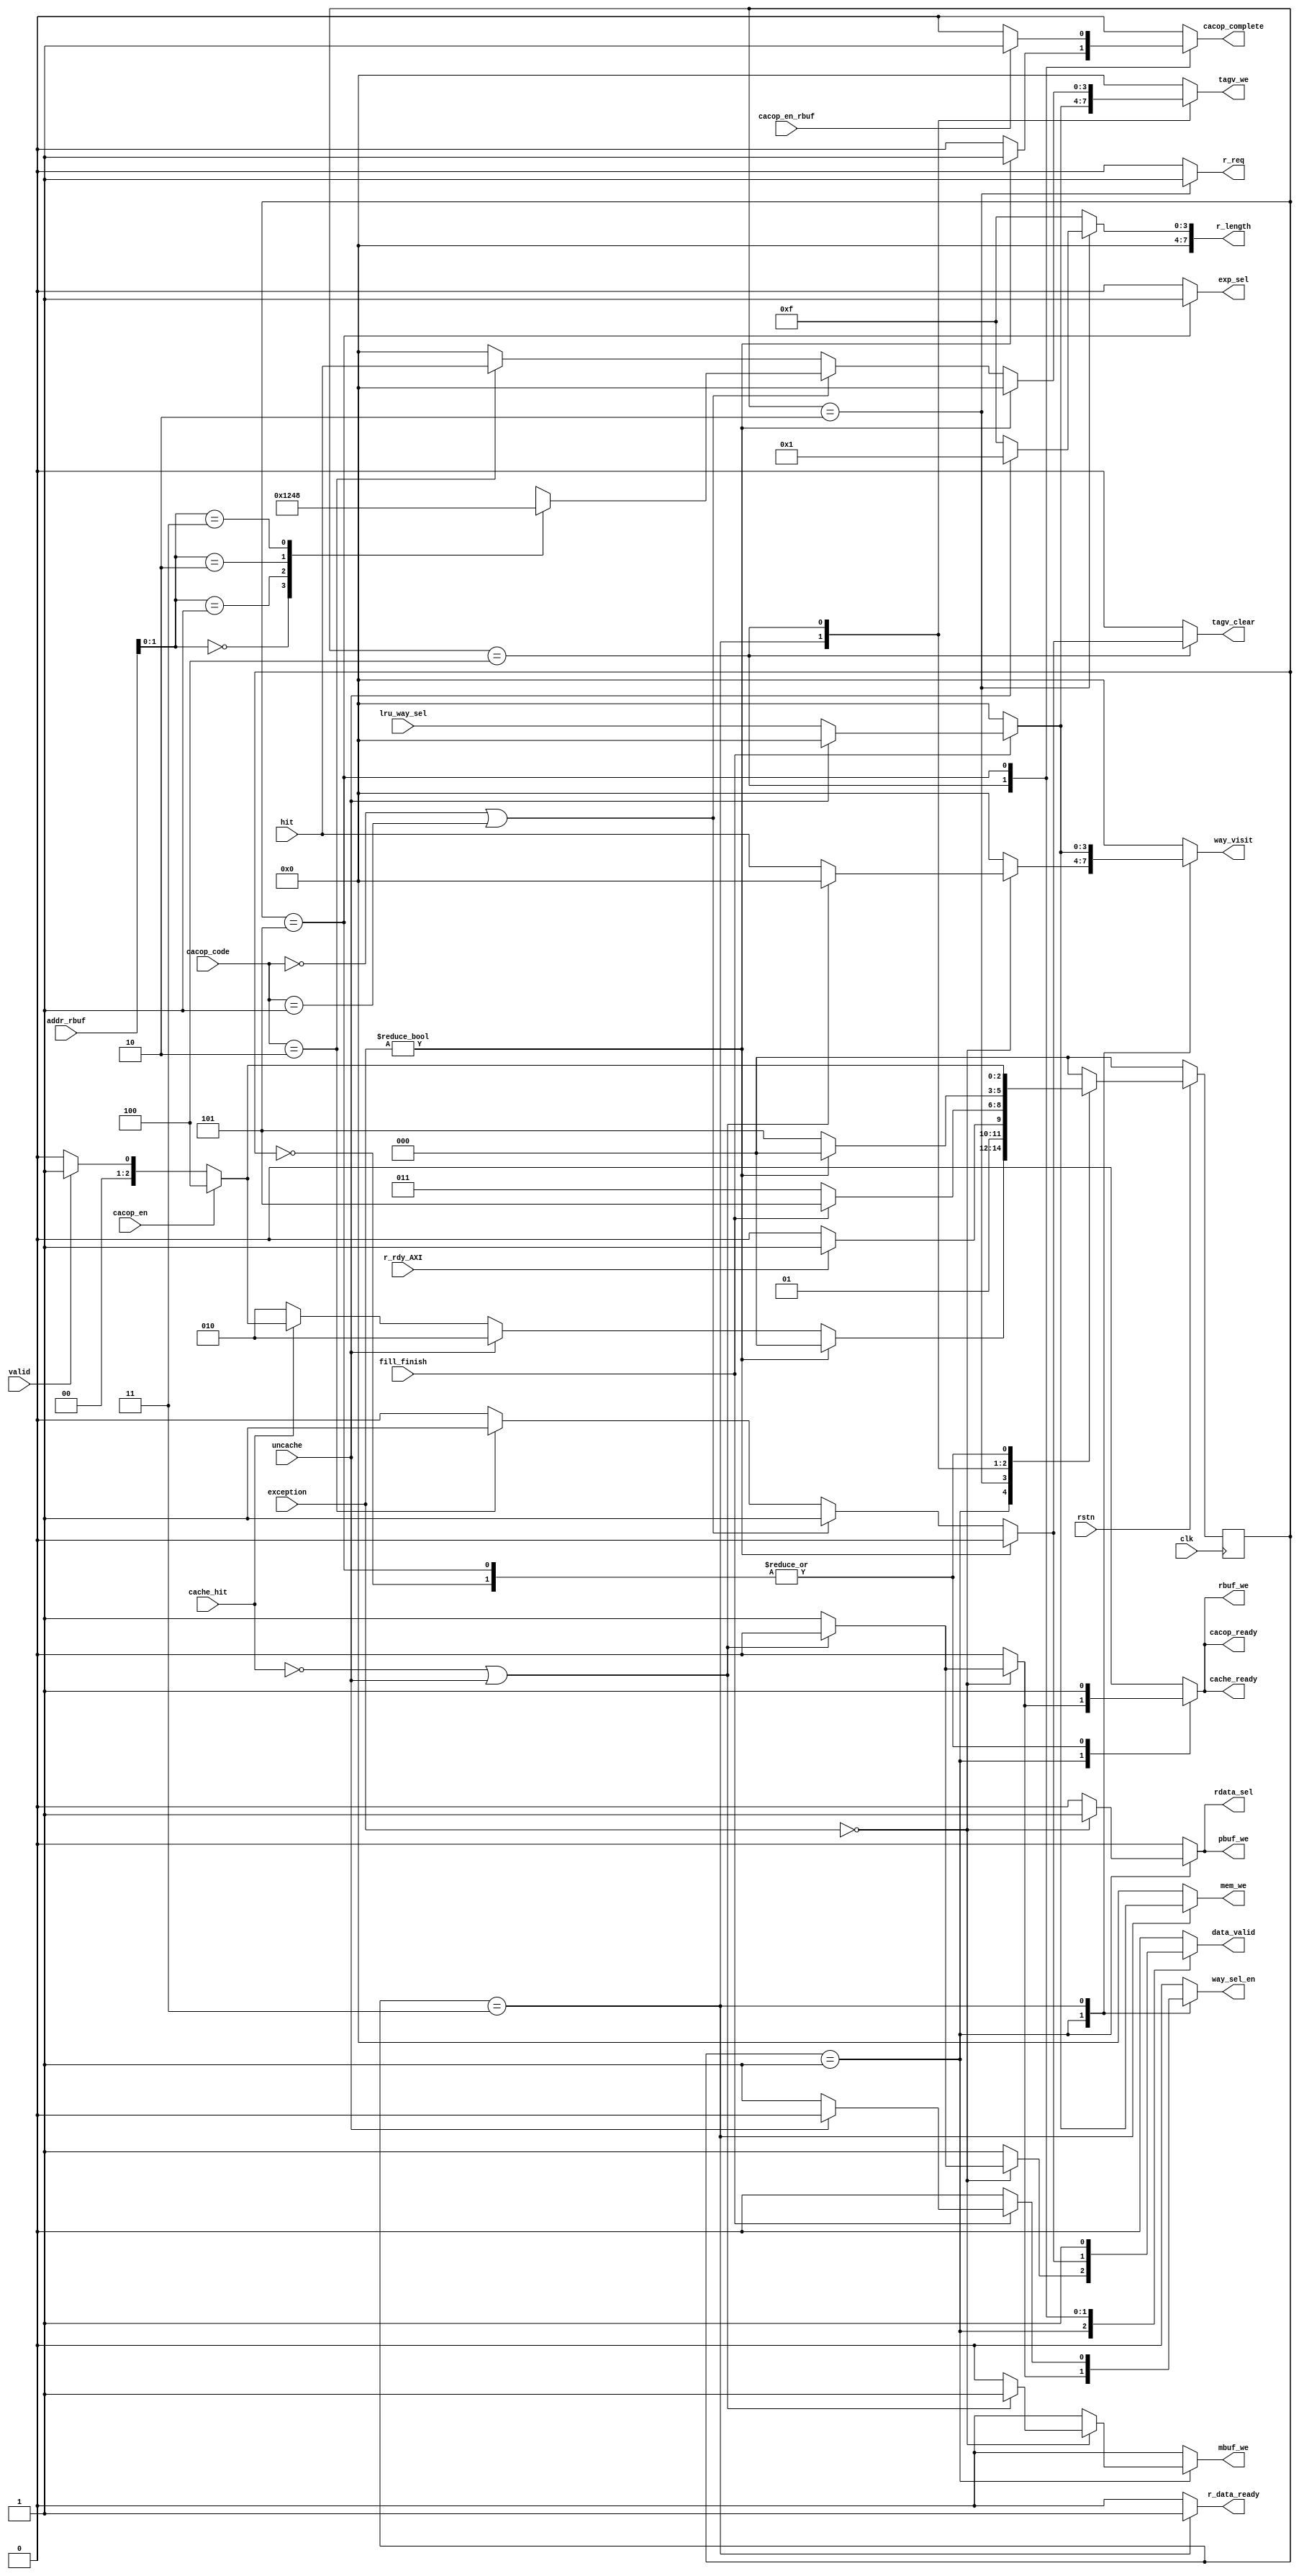
module main_FSM_i(
    input clk, rstn,
    input valid,
    input cache_hit,
    input r_rdy_AXI,
    input fill_finish,
    input uncache,
    input [3:0] lru_way_sel,
    input [3:0] hit,
    input [31:0] addr_rbuf,

    output reg [3:0] way_visit,
    output reg mbuf_we,
    output reg pbuf_we,
    output reg rdata_sel,
    output reg rbuf_we,
    output reg way_sel_en,
    output reg [7:0] r_length,
    output reg [3:0] mem_we,
    output reg [3:0] tagv_we,
    output reg r_req,
    output reg r_data_ready,
    output reg data_valid,
    output reg cache_ready,

    output reg cacop_ready,
    output reg cacop_complete,

    input [1:0] cacop_code,
    input cacop_en,
    input cacop_en_rbuf,

    output reg tagv_clear,
    input [6:0] exception,
    output reg exp_sel
    );
    parameter IDLE          = 3'd0;
    parameter LOOKUP        = 3'd1;
    parameter REPLACE       = 3'd2;
    parameter REFILL        = 3'd3;
    parameter CACOP_COPE    = 3'd4;
    parameter EXTRA_READY   = 3'd5;
    parameter IBAR_COPE     = 3'd6;

    parameter STORE_TAG         = 2'b00;
    parameter INDEX_INVALIDATE  = 2'b01;
    parameter HIT_INVALIDATE    = 2'b10;

    reg [3:0] tagv_we_inst;
    always @(*) begin
        case(addr_rbuf[1:0])
        2'd0: tagv_we_inst = 4'b0001;
        2'd1: tagv_we_inst = 4'b0010;
        2'd2: tagv_we_inst = 4'b0100;
        2'd3: tagv_we_inst = 4'b1000;
        endcase
    end

    reg[2:0] crt, nxt;
    
    always @(posedge clk) begin
        if(!rstn) crt <= IDLE;
        else crt <= nxt;
    end

    always @(*) begin
        case(crt)
        IDLE: begin
            if(cacop_en) nxt = CACOP_COPE;
            else if(valid) nxt = LOOKUP;
            else nxt = IDLE;
        end
        LOOKUP: begin
            if(exception != 0) nxt = IDLE;
            else if(uncache) nxt = REPLACE;
            else if(cache_hit) begin
                if(cacop_en) nxt = CACOP_COPE;
                else if(valid) nxt = LOOKUP;
                else nxt = IDLE;
            end
            else nxt = REPLACE;
        end
        REPLACE: begin
            if(r_rdy_AXI) nxt = REFILL;
            else nxt = REPLACE;
        end
        REFILL: begin
            if(fill_finish) nxt = EXTRA_READY;
            else nxt = REFILL;
        end
        CACOP_COPE: begin
            if(exception != 0) nxt = IDLE;
            else nxt = EXTRA_READY;
        end

        EXTRA_READY: begin
            if(cacop_en) nxt = CACOP_COPE;
            else if(valid) nxt = LOOKUP;
            else nxt = IDLE;
        end
        
        default: nxt = IDLE;
        endcase
    end
    always @(*)begin
        mbuf_we = 0;
        rbuf_we = 0;
        mem_we = 0;
        rdata_sel = 0;
        tagv_we = 0;
        r_req = 0;
        data_valid = 0;
        way_sel_en = 0;
        r_data_ready = 0;
        way_visit = 0;
        cache_ready = 0;
        pbuf_we = 0;
        r_length = 8'd15;
        tagv_clear = 0;
        cacop_ready = 0;
        cacop_complete = 0;
        exp_sel = 0;
        case(crt)
        IDLE: begin
            rbuf_we = 1;
            cache_ready = 1;
            cacop_ready = 1;
        end
        LOOKUP: begin
            if(exception == 0) begin
                rdata_sel = 1;
                pbuf_we = 1;
                if(!cache_hit || uncache) mbuf_we = 1;
                else begin
                    data_valid = 1;
                    rbuf_we = 1;
                    way_visit = hit;
                    way_sel_en = 1;
                    cache_ready = 1;
                    cacop_ready = 1;
                end
            end
            else data_valid = 1;
        end
        REPLACE: begin
            r_req = 1;
            if(uncache) begin
                r_length = 8'd1;
            end
        end
        REFILL: begin
            r_data_ready = 1;
            if(fill_finish) begin
                if(!uncache) begin
                    mem_we = lru_way_sel;
                    tagv_we = lru_way_sel;
                    way_visit = lru_way_sel;
                    way_sel_en = 1;
                end
            end
        end
        CACOP_COPE: begin
            if(exception != 0) cacop_complete = 1;
            else if(cacop_code == STORE_TAG || cacop_code == INDEX_INVALIDATE) begin
                tagv_clear          = 1;
                tagv_we             = tagv_we_inst;
                data_valid          = 1;
            end
            else if(cacop_code == HIT_INVALIDATE) begin
                tagv_clear          = 1;
                tagv_we             = hit;
                data_valid          = 1;
            end
        end
        EXTRA_READY: begin
            data_valid = 1;
            rbuf_we = 1;
            cache_ready = 1;
            cacop_ready = 1;
            exp_sel = 1;
            if(cacop_en_rbuf) cacop_complete = 1;
        end
        default:;
        endcase
    end
endmodule